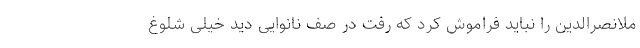
ملانصرالدین را نباید فراموش كرد كه رفت در صف نانوایی دید خیلی شلوغ